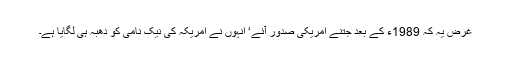
غرض یہ کہ 1989ء کے بعد جتنے امریکی صدور آئے‘ انہوں نے امریکہ کی نیک نامی کو دھبہ ہی لگایا ہے۔